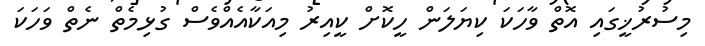
މިސުރުޚީގައި އޮތް ވާހަކަ ކިޔަލަން ހީކޮށް ކީއިރު މިއަކާއެއްވެސް ގުޅިމެތް ނެތް ވަހަކަ